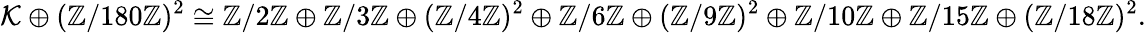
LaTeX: \mathcal{K}\oplus(\mathbb{Z}/180\mathbb{Z})^{2}\cong\mathbb{Z}/2\mathbb{Z}\oplus\mathbb{Z}/3\mathbb{Z}\oplus(\mathbb{Z}/4\mathbb{Z})^{2}\oplus\mathbb{Z}/6\mathbb{Z}\oplus(\mathbb{Z}/9\mathbb{Z})^{2}\oplus\mathbb{Z}/10\mathbb{Z}\oplus\mathbb{Z}/15\mathbb{Z}\oplus(\mathbb{Z}/18\mathbb{Z})^{2}.